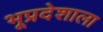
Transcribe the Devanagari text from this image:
भूप्रदेशाला